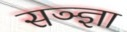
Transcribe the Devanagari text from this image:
सञ्ज्ञा